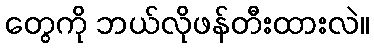
တွေကို ဘယ်လိုဖန်တီးထားလဲ။